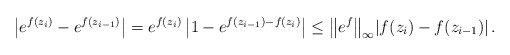
\begin{align*}\left| e^{f(z_i)} - e^{f(z_{i-1})} \right|= e^{f(z_i)} \left| 1 - e^{f(z_{i-1}) - f(z_i)} \right|\leq \bigl\| e^f \bigr\|_{\infty} |f(z_i) - f(z_{i-1})| \, .\end{align*}